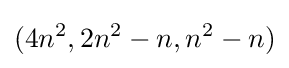
(4n^{2},2n^{2}-n,n^{2}-n)